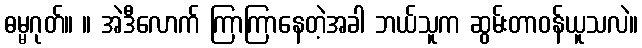
ဓမ္မဂုတ်။ ။ အဲဒီလောက် ကြာကြာနေတဲ့အခါ ဘယ်သူက ဆွမ်းတာဝန်ယူသလဲ။